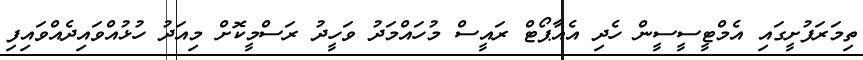
ތިމަރަފުށީގައި އެމްޓީސީސީން ހެދި އެއާޕޯޓް ރައީސް މުހައްމަދު ވަހީދު ރަސްމީކޮށް މިއަދު ހުޅުއްވައިދެއްވައިފި